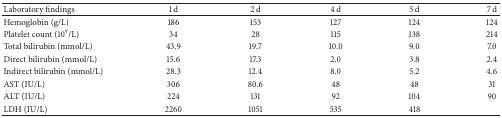
<table><thead><tr><td><b>Laboratory findings </b></td><td><b>1 d</b></td><td><b>2 d</b></td><td><b>4 d</b></td><td><b>5 d</b></td><td><b>7 d</b></td></tr></thead><tbody><tr><td>Hemoglobin (g/L) </td><td>186</td><td> 153 </td><td>127</td><td>124 </td><td>124 </td></tr><tr><td>Platelet count (10<sup>9</sup>/L) </td><td>34</td><td>28</td><td>115 </td><td>138 </td><td>214</td></tr><tr><td>Total bilirubin (mmol/L) </td><td>43.9 </td><td>19.7 </td><td>10.0 </td><td>9.0 </td><td>7.0 </td></tr><tr><td>Direct bilirubin (mmol/L) </td><td>15.6 </td><td>17.3 </td><td>2.0 </td><td>3.8 </td><td>2.4 </td></tr><tr><td>Indirect bilirubin (mmol/L) </td><td>28.3 </td><td>12.4 </td><td>8.0 </td><td>5.2 </td><td>4.6 </td></tr><tr><td>AST (IU/L) </td><td>306</td><td>80.6 </td><td>48</td><td>48 </td><td>31 </td></tr><tr><td>ALT (IU/L) </td><td>224</td><td>131</td><td>92</td><td>104</td><td>90</td></tr><tr><td>LDH (IU/L) </td><td>2260</td><td>1051</td><td>535</td><td>418</td><td> </td></tr></tbody></table>